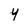
Character: y